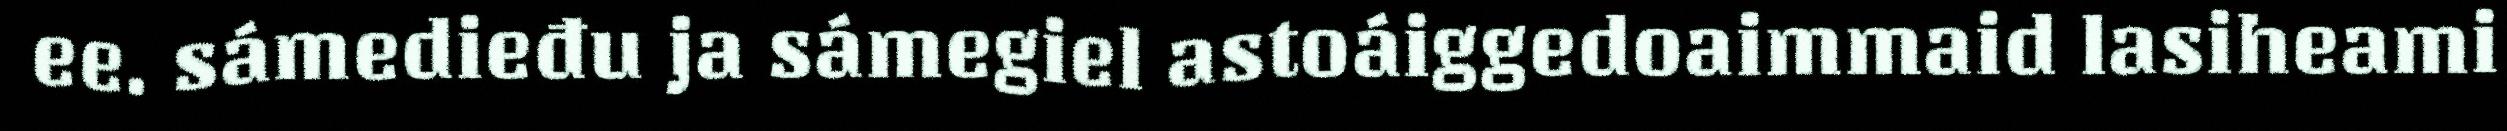
ee. sámedieđu ja sámegiel astoáiggedoaimmaid lasiheami